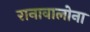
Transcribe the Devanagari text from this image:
रानावालोना